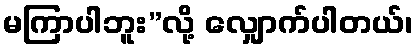
မကြာပါဘူး”လို့ လျှောက်ပါတယ်၊